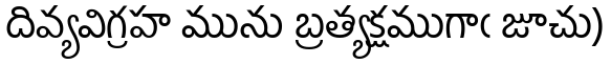
దివ్యవిగ్రహ మును బ్రత్యక్షముగాఁ జూచు)